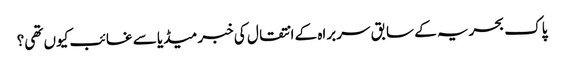
پاک بحریہ کے سابق سربراہ کے انتقال کی خبر میڈیا سے غائب کیوں تھی؟